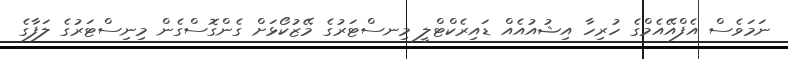
ނަމަވެސް އެފްއޭއެމްގެ ހުރިހާ އިޝުއުއެއް ޑައިރެކްޓްލީ މިނސްޓަރުގެ މޭޒުކޯޅަށް ގެންގޮސްގެން މިނިސްޓަރުގެ ލަފާގެ